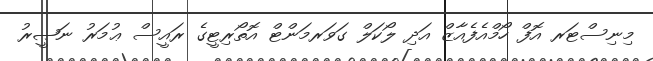
މިިނިސްޓަރ އޮފް ހޯމްއެފެއާޒް އަދި ލޯކަލް ގަވަރމަންޓް އޮތޯރިޓީގެ ރައީސް ޢުމަރު ނަޞީރު